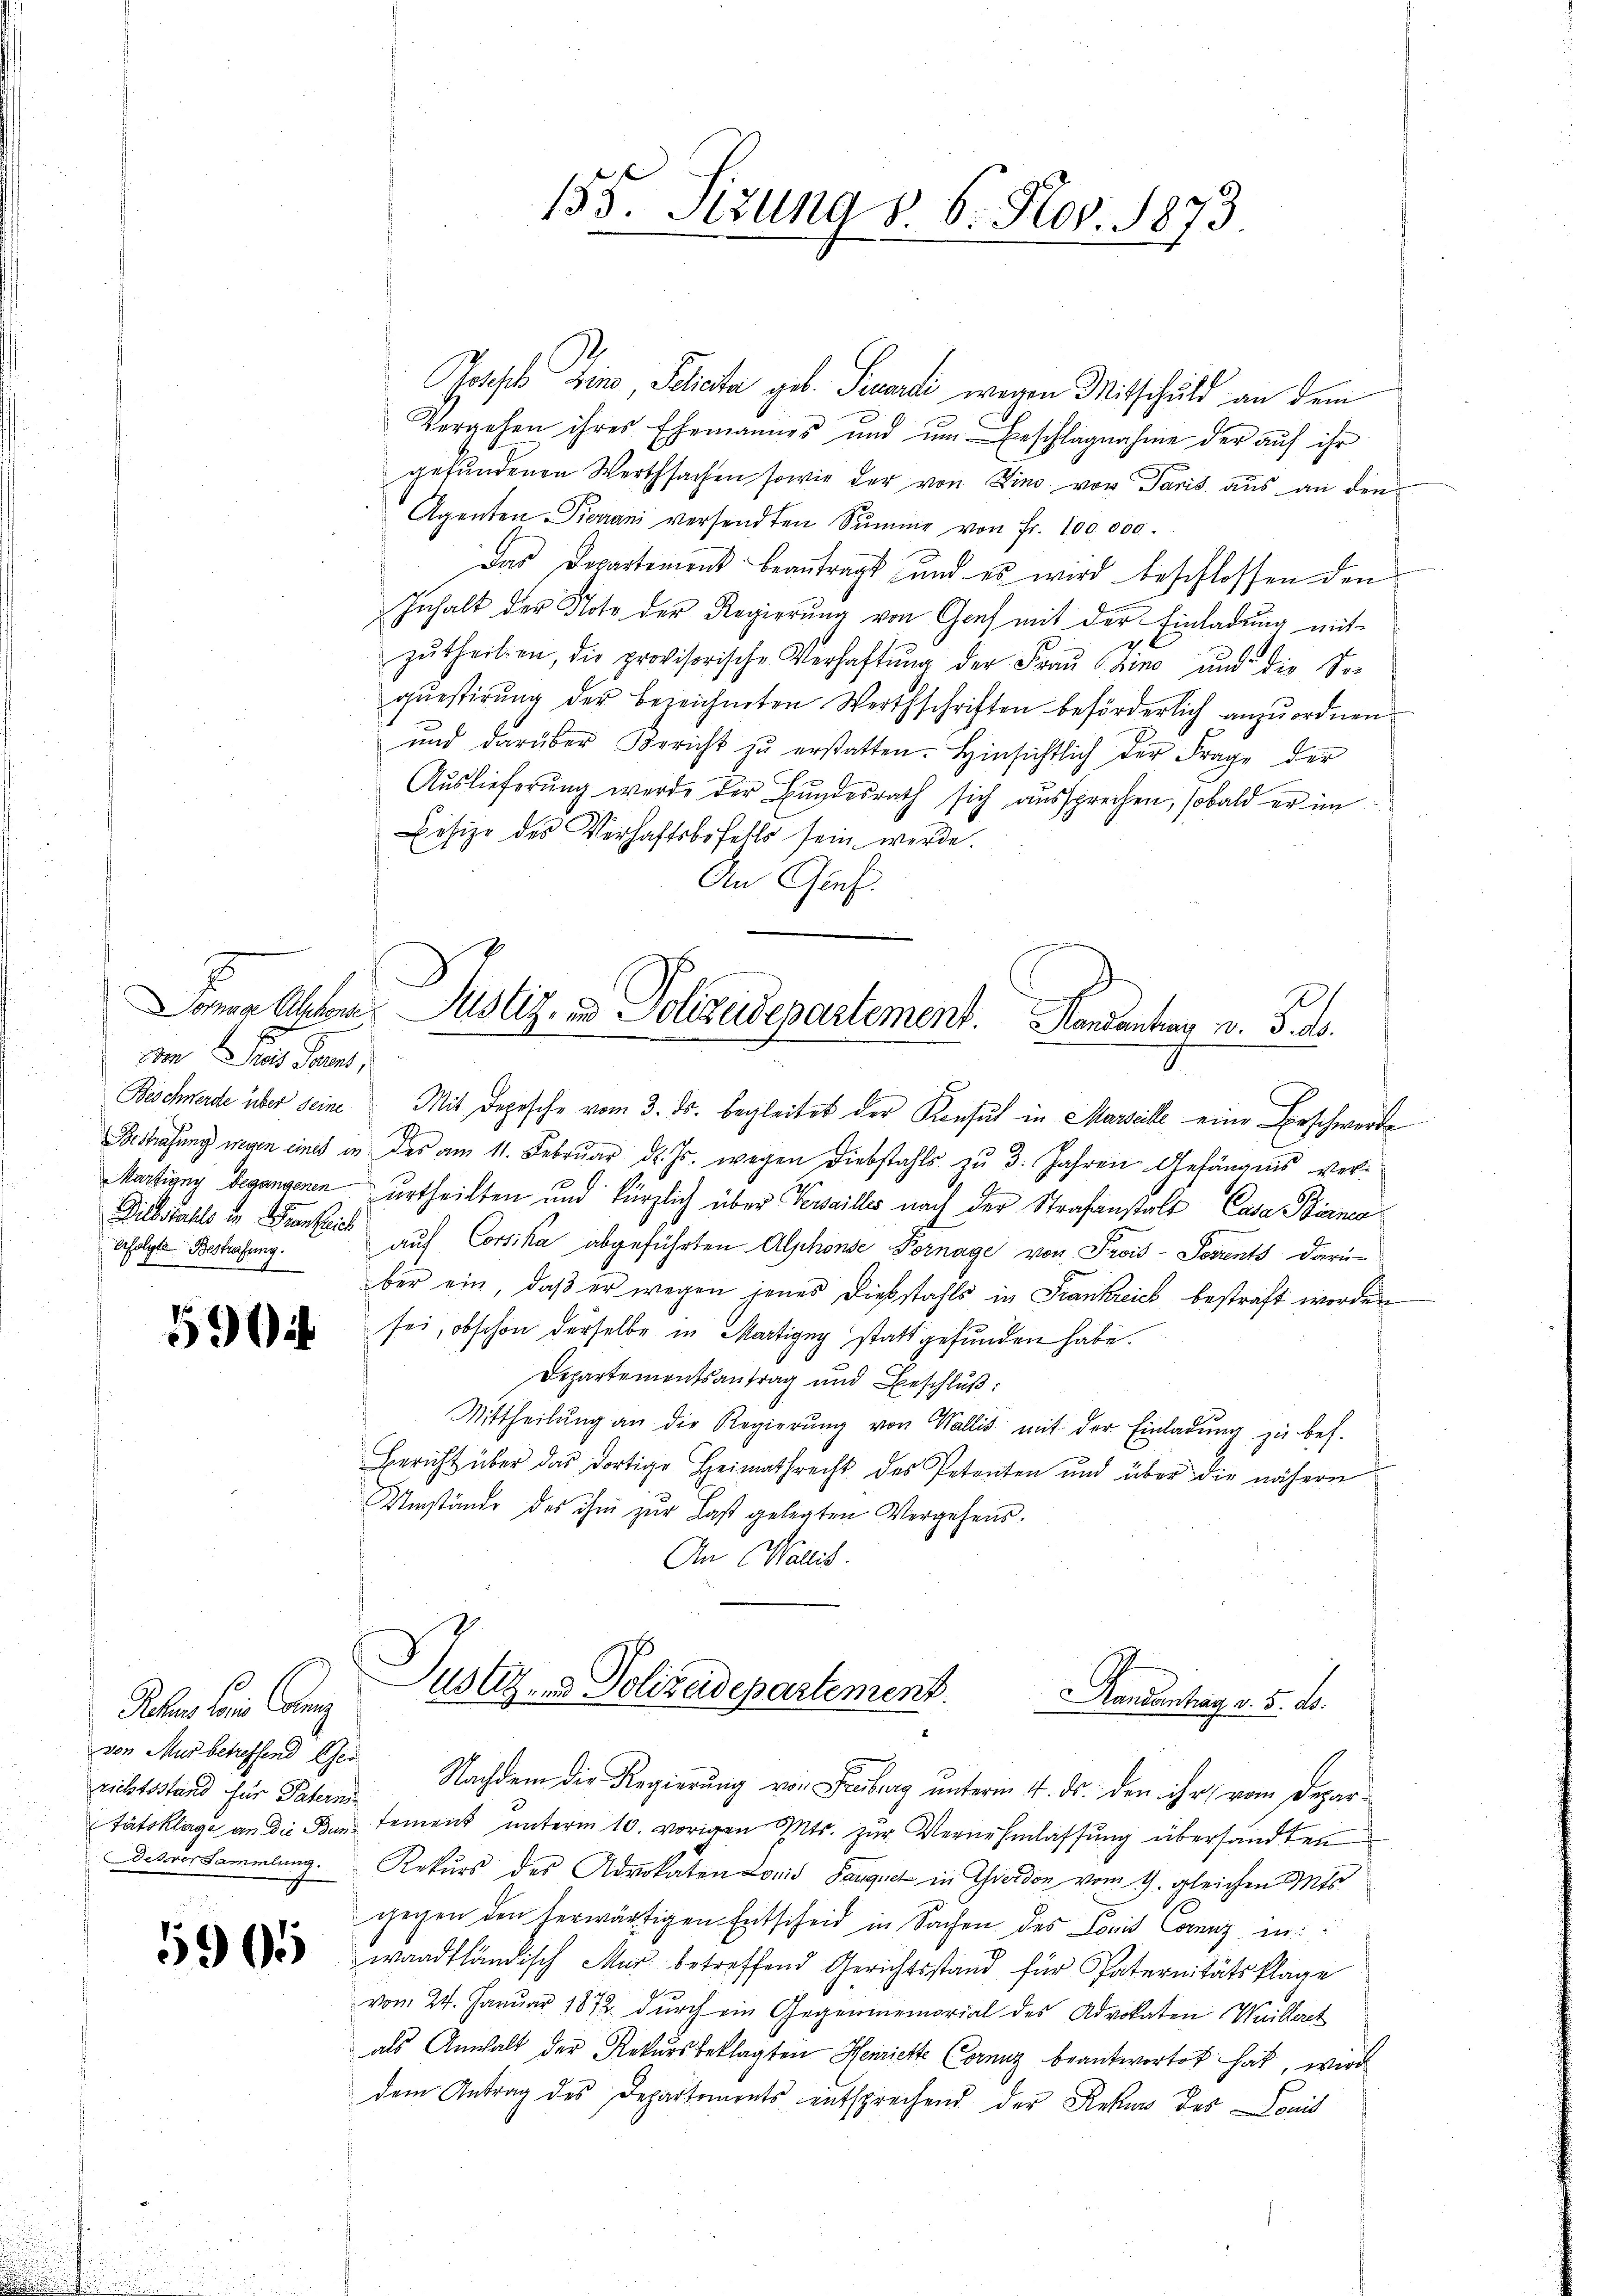
ornage Abschende
on reis Parent,
erfolgte Bestrafung.
24

590

Peten die Canz
von Mut betreffend Ger
richtsstand für Patern
Dis vor Sammlung.

5965

Joseph Zino, Pelicta geb. Peuarti wegen Mitschuld an dem
Vergehen ihres Ehemannes und um Erschlagnahme der auf ihr
gefundenen Werthsachen sowie der von Zino von Paris aus an den
Agenten Pierrani versandten Summe von Fr. 100,000.
Das Departement beantragt und es wird beschlossen den
Inhalt der Note der Regierŭng von Graf mit der Einladung mit-
zŭtheilen, die provisorische Verhaftung der Fraŭ Czino und die Se-
questirung der bezeichneten Werthschriften beförderlich anzuordnen
ŭnd darüber Bericht zŭ erstatten. Hinsichtlich der Frage der
Auslieferung werde der Bundesrath sich aussprechen, sobald er im
Lesize des Verhaftsbefalls sein werde.
An Graf

155. Sizung v. 6. Nov. 1873

Justiz, in Polizeidepartement. Landantung v. 5. d.

Beschwerde über seine Mit Depesche vom 3. ds. begleitet der Konsul in Marseile eine Beschwerde
Bestrafung wegen eines in des am 11. Februar d. Js. wegen Diebstahls zu 3. Jahren Gefängnis ver¬
Martigny begangenen urtheilten und kürzlich über Verseilles nach der Strafanstalt Casa Bianca
Diebstahls in Frankheit auf Corsika abgeführten Alphonse Fornage von Prois-Sosrents darüber ein, daß er wegen jenes Diebstahls in Frankreich bestraft worden
sei, obschon derselbe in Martigny statt gefunden habe.
Departementsantrag und Beschlŭβ:
Mittheilŭng an die Regierŭng von Wallis mit der Einladŭng zu bes.
Bericht über das dortige Heimathrecht des Petenten und über die nähern
Umstände des ihm zur Last gelegten Vergehens.
An Wallis.

Justiz- & Polizeidepartement.
andantrag v. 5. ds.

Nachdem die Regierung von Freiburg unterm 4. ds. den ihr vom Depar-
tätsklage an die Bun- Sement unterm 10. vorigen Mts. zur Vernehmlassung übersandten
Rekurs des Advokaten Leid Saugnet in Gierdon vom 9. gleichen Mts.
gegen den herwärtigen Entscheid in Sachen des Comis Corenz in:
waadtländisch Mur betreffend Gerichtsstand für Paternitätsklage
vom 24. Januar 1872 dŭrch ein Gegenmemorial des Advokaten Weillert
als Anwalt der Rekursbeklagten Henriette Corenz beantwortet hat, wird
dem Antrag des Departements entsprechend der Rekurs des Louis